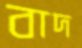
বাদ